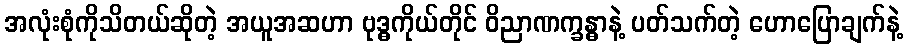
အလုံးစုံကိုသိတယ်ဆိုတဲ့ အယူအဆဟာ ဗုဒ္ဓကိုယ်တိုင် ဝိညာဏက္ခန္ဓာနဲ့ ပတ်သက်တဲ့ ဟောပြောချက်နဲ့